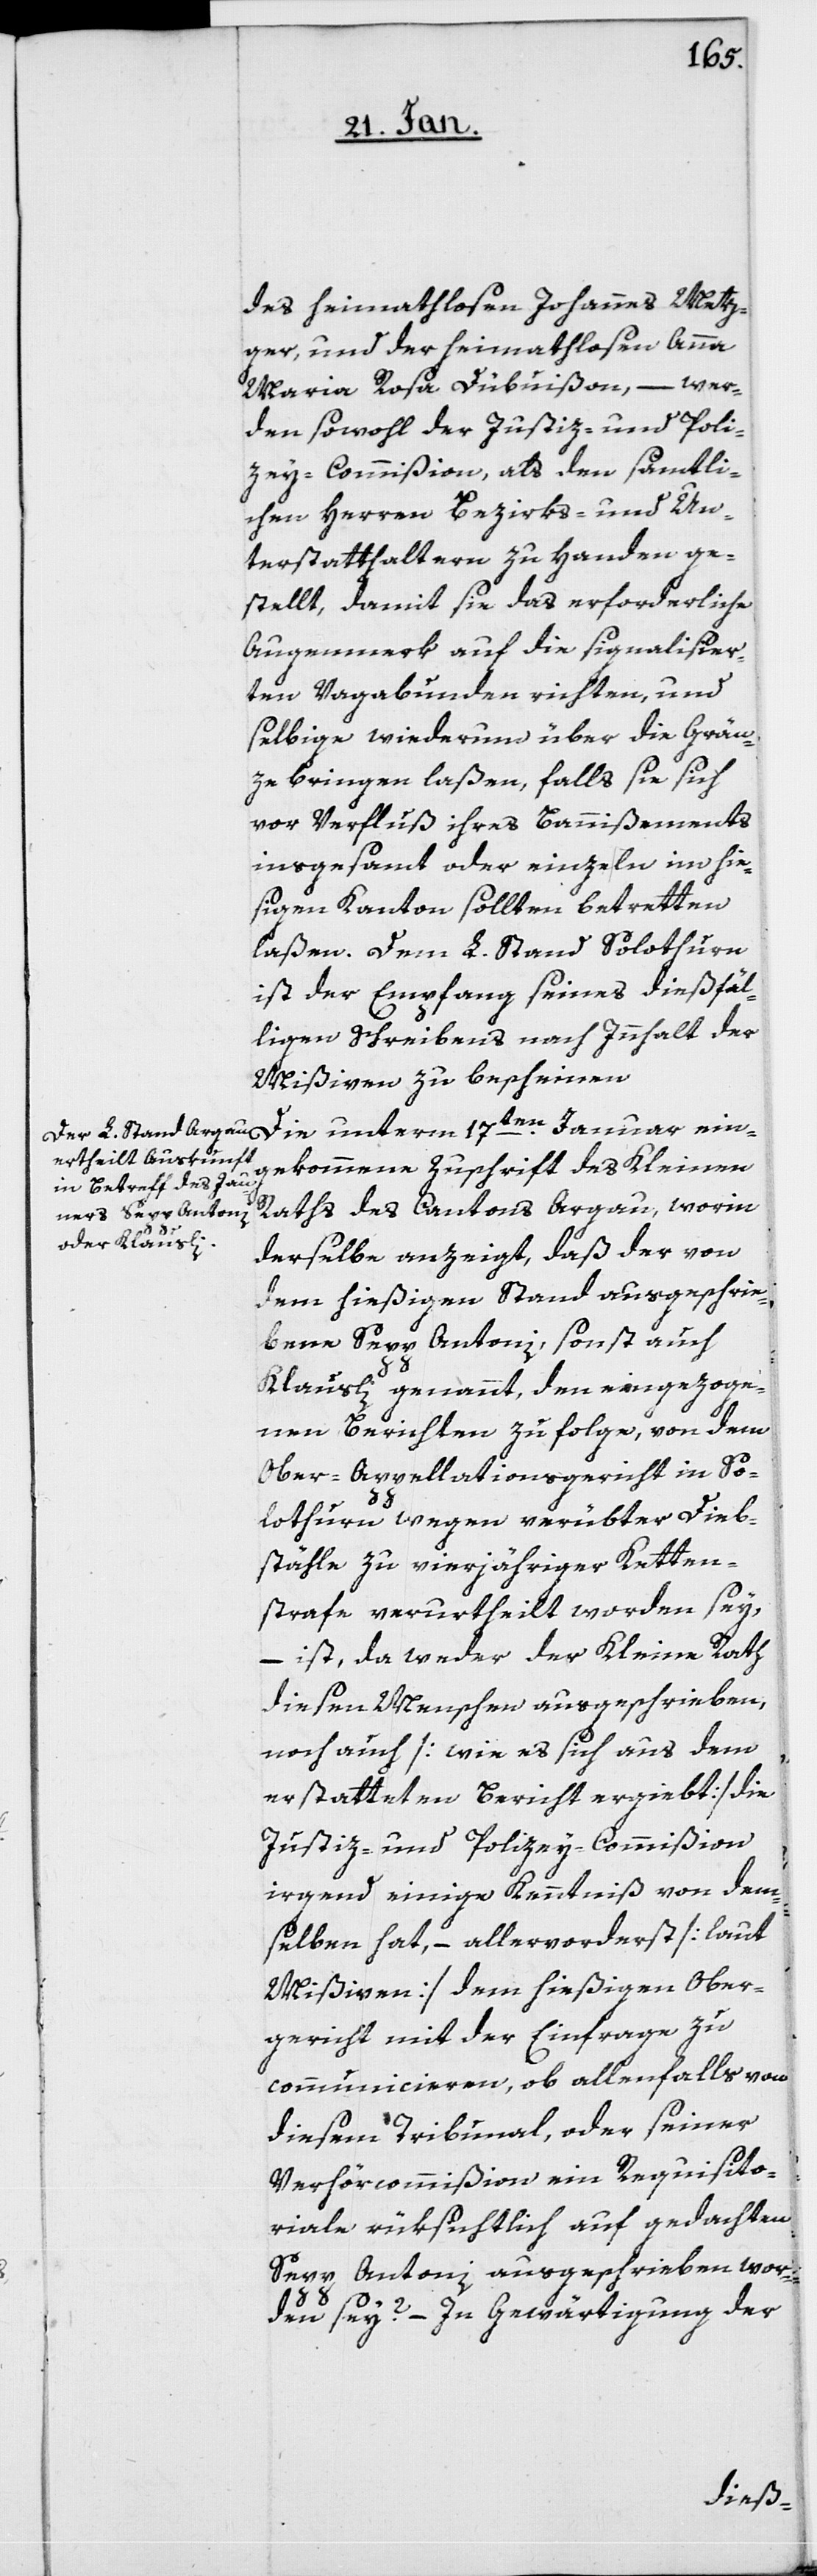
des heimathlosen Johannes Metz¬
ger, und der heymathlosen Anna
Maria Rosa Dübuißon, – wer¬
den sowohl der Justiz- und Poli¬
zey-Commißion als den sämtli¬
chen Herren Bezirks- und Un¬
terstatthaltern zu Handen ge¬
stellt, damit sie das erforderliche
Augenmerk auf die signalisier¬
ten Vagabunden richten, und
selbige wiederum über die Gren¬
ze bringen laßen, falls sie sich
vor Verfluß ihres Banißements
insgesamt oder einzeln im hie¬
sigen Kanton sollten betretten
laßen. Dem L. Stand Solothurn
ist der Empfang seines dießfäl¬
ligen Schreibens nach Innhalt der
Mißiven zu bescheinen.
Die unterm 17ten. Januar ein¬
gekommene Zuschrift des Kleinen
Raths des Cantons Argau, worin
derselbe anzeigt, daß der von
dem hießigen Stand ausgeschrie¬
bene Sepp Antoni, sonst auch
Klausli genannt, den eingezoge¬
nen Berichten zufolge, von dem
Ober-Appellationsgericht in So¬
lothurn wegen verübter Dieb¬
stähle zu vierjähriger Ketten¬
strafe verurtheilt worden sey,
– ist, da weder der Kleine Rath
diesen Menschen ausgeschrieben,
noch auch [wie es sich aus dem
erstatteten Bericht ergiebt] die
Justiz- und Polizey-Commißion
irgend einige Kenntniß von dem¬
selben hat, – allervorderst [laut
Mißiven] dem hießigen Ober¬
gericht mit der Einfrage zu
communicieren, ob allenfalls von
diesem Tribuna,l oder seiner
Verhörcommißion ein Requisito¬
riale rücksichtlich auf gedachten
Sepp Antoni ausgeschrieben wor¬
den sey? – In Gewärtigung der